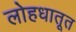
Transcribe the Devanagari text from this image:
लोहधातूत